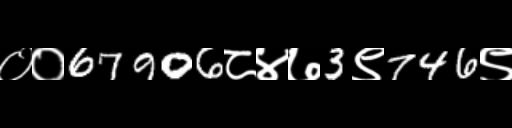
Text: ००67906८४७3९746९